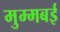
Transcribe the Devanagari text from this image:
मुम्मबई